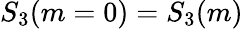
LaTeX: S_{3}(m=0)=S_{3}(m)